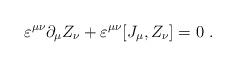
LaTeX: \begin{align*}\varepsilon ^{\mu \nu }\partial _\mu Z_\nu +\varepsilon^{\mu \nu }[J_\mu ,Z_\nu ]=0~.\end{align*}